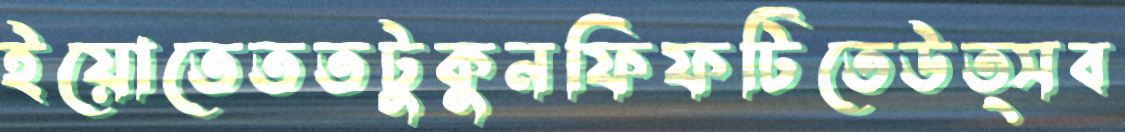
ইয়োতেততটুকুনফিফটিতেউত্সব